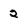
Character: 2